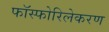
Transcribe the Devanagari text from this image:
फॉस्फोरिलेकरण